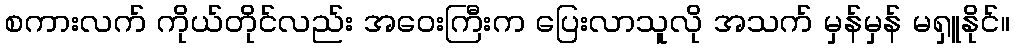
စကားလက် ကိုယ်တိုင်လည်း အဝေးကြီးက ပြေးလာသူလို အသက် မှန်မှန် မရှူနိုင်။